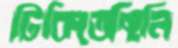
টিকিতেছিলি